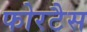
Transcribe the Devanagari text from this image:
फोरटैस